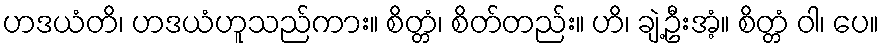
ဟဒယံတိ၊ ဟဒယံဟူသည်ကား။ စိတ္တံ၊ စိတ်တည်း။ ဟိ၊ ချဲ့ဦးအံ့။ စိတ္တံ ဝါ၊ ပေ။